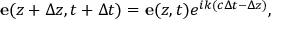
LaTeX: \mathbf { e } ( z + \Delta z , t + \Delta t ) = \mathbf { e } ( z , t ) e ^ { i k ( c \Delta t - \Delta z ) } ,